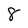
Character: 8